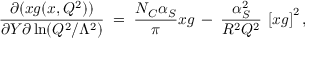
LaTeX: \frac { \partial ( x g ( x , Q ^ { 2 } ) ) } { \partial Y \partial \ln ( Q ^ { 2 } / \Lambda ^ { 2 } ) } \; = \; \frac { N _ { C } \alpha _ { S } } { \pi } x g \: - \: \frac { \alpha _ { S } ^ { 2 } } { R ^ { 2 } Q ^ { 2 } } \: \left[ x g \right] ^ { 2 } ,